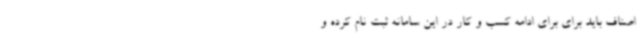
اصناف باید برای برای ادامه کسب و کار در این سامانه ثبت نام کرده و